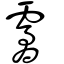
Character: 霱